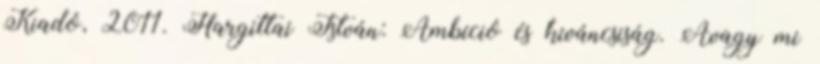
Kiadó, 2011. Hargittai István: Ambíció és kiváncsiság. Avagy mi